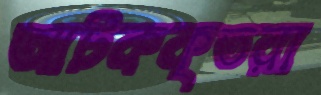
আটককৃতরা